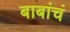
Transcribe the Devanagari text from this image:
बाबांचं